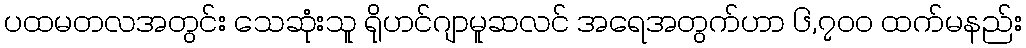
ပထမတလအတွင်း သေဆုံးသူ ရိုဟင်ဂျာမူဆလင် အရေအတွက်ဟာ ၆,၇၀၀ ထက်မနည်း